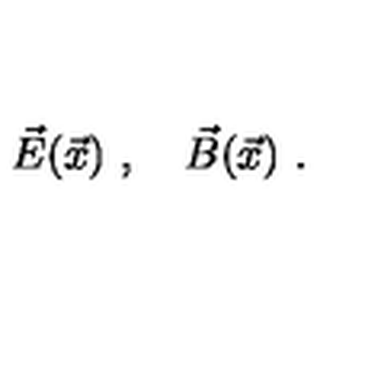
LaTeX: \vec { E } ( \vec { x } ) \ , \quad \vec { B } ( \vec { x } ) \ .